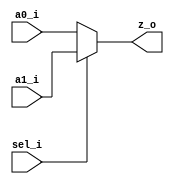
`timescale 1ns/1ns
module jlsemi_util_mux_cell
(
    input   a0_i,
    input   a1_i,
    input   sel_i,
    output  z_o
);

    `ifdef JL_SYNTHESIS
        jlsemi_cell_logic_mux_cell
        u_dont_touch_logic_mux
        (
        .I0 (a0_i ),
        .I1 (a1_i ),
        .S  (sel_i)
        .Z  (z_o  )
        );
    `else
        assign z_o = sel_i ? a1_i : a0_i;
    `endif

endmodule